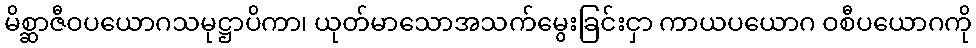
မိစ္ဆာဇီဝပယောဂသမုဋ္ဌာပိကာ၊ ယုတ်မာသောအသက်မွေးခြင်းငှာ ကာယပယောဂ ဝစီပယောဂကို